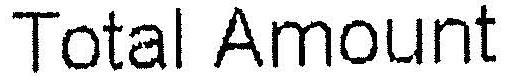
TOTAL AMOUNT